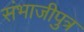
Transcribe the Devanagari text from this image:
संभाजीपुत्र